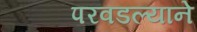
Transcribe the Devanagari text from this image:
परवडल्याने